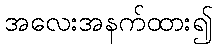
အလေးအနက်ထား၍